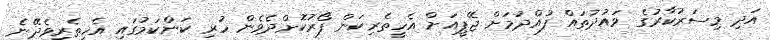
އަދި މިސަރުކާރުގެ ވައުދުތައް ފުއްދުމަށް ޖޭޕީއަށް އެހީތެރިކަން ފޯރުކޮށްދެވެން ހުރި ކަންކަމުގައި އެހީތެރިވެދޭނެ